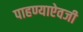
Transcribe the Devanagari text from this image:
पाहण्याऐवजी